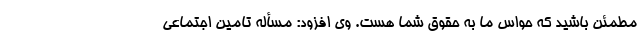
مطمئن باشید که حواس ما به حقوق شما هست. وی افزود: مسأله تامین اجتماعی